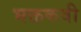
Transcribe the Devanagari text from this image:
भक्तकवी